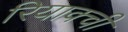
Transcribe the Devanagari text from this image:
रियाक्ची